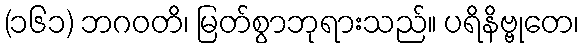
(၁၆၁) ဘဂဝတိ၊ မြတ်စွာဘုရားသည်။ ပရိနိဗ္ဗုတေ၊